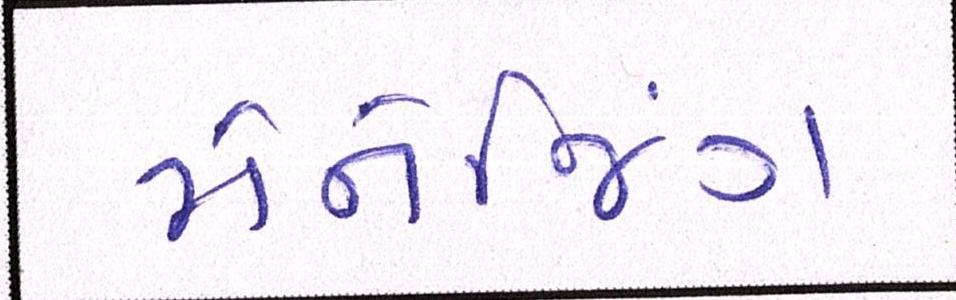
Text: મેનેજિંગ